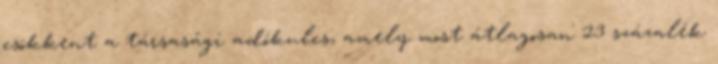
csökkent a társasági adókulcs, amely most átlagosan 23 százalék